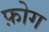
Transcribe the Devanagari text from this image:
फ़ोग